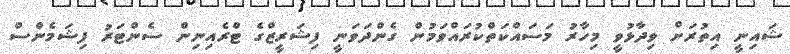
ޝައިނީ އިތުރަށް ވިދާޅުވީ މިހާރު މަސައްކަތްކުރައްވަމުން ގެންދަވަނީ ފިޝަރީޒްގެ ޓްރެއިނިން ސެންޓަރު ފިޝަމެންސް